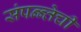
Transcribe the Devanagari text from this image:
संपन्न्तेची